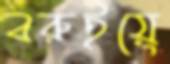
বরুইয়ে